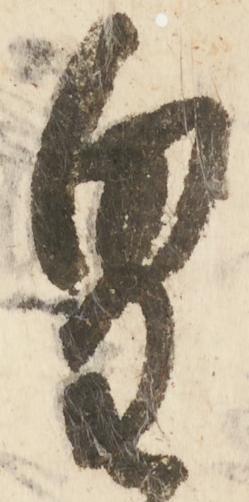
皇